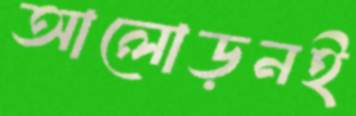
আলোড়নই